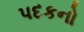
પદકનો